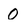
Character: 0